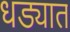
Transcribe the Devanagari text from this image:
धड्यात